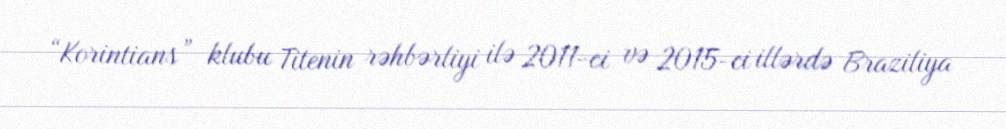
“Korintians” klubu Titenin rəhbərliyi ilə 2011-ci və 2015-ci illərdə Braziliya